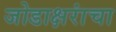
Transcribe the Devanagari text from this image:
जोडाक्षरांचा